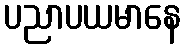
ပညာပယမာနေ